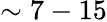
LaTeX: \sim 7-15